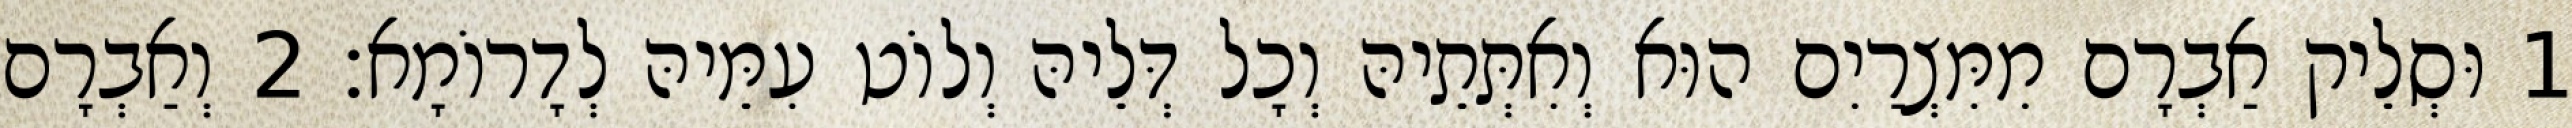
1 וּסְלֵיק אַבְרָם מִמִּצְרַיִם הוּא וְאִתְּתֵיהּ וְכָל דְּלֵיהּ וְלוֹט עִמֵּיהּ לְדָרוֹמָא׃ 2 וְאַבְרָם